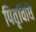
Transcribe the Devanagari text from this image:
पितृविधि